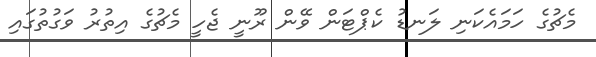
މެޗުގެ ހަމައެކަނި ލަނޑު ކެޕްޓަން ވޭން ރޫނީ ޖެހީ މެޗުގެ އިތުރު ވަގުތުގައި